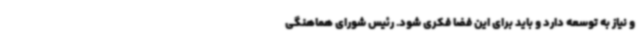
و نیاز به توسعه دارد و باید برای این فضا فکری شود. رئیس شورای هماهنگی